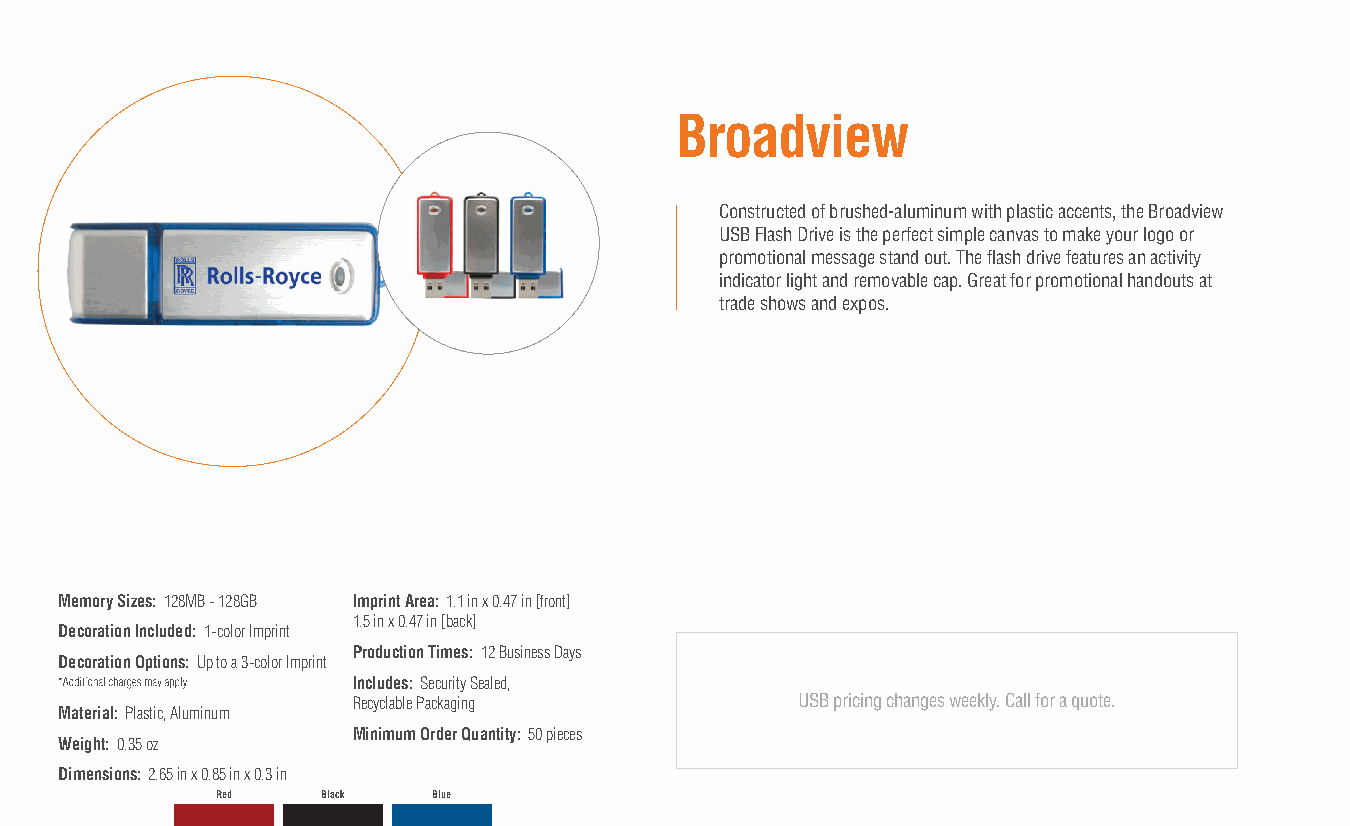
Broadview
 Constructed of brushed-aluminum with plastic accents, the Broadview
 USB Flash Drive is the perfect simple canvas to make your logo or
 promotional message stand out. The flash drive features an activity
 indicator light and removable cap. Great for promotional handouts at
 trade shows and expos.
 Memory Sizes: 128MB - 128GB Imprint Area: 1.1 in x 0.47 in [front]
 1.5 in x 0.47 in [back]
 Decoration Included: 1-color Imprint
 Production Times: 12 Business Days
 Decoration Options: Up to a 3-color Imprint
 Includes: Security Sealed,
 Recyclable Packaging          USB pricing changes weekly. Call for a quote.
 Material: Plastic, Aluminum
 Minimum Order Quantity: 50 pieces
 Weight: 0.35 oz
 Dimensions: 2.65 in x 0.85 in x 0.3 in
 Red    Black   Blue